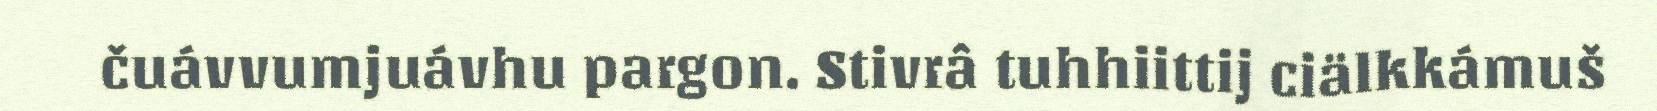
čuávvumjuávhu pargon. Stivrâ tuhhiittij ciälkkámuš